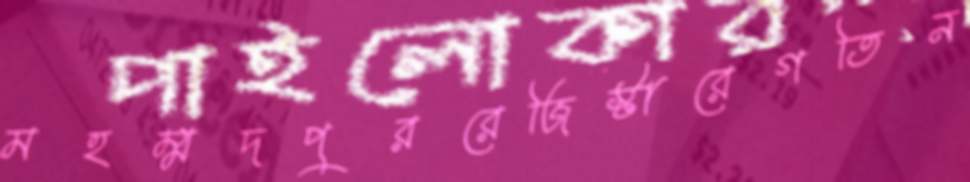
মহম্মদপুররেজিস্টারেগতিন